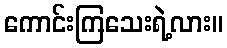
ကောင်းကြသေးရဲ့လား။